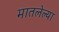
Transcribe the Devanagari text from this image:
मातलेल्या